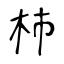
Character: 杮